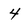
Character: 4